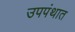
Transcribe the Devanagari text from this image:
उपपंथात